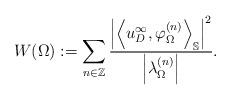
LaTeX: \begin{align*}W(\Omega) := \sum_{n \in \mathbb{Z}} \frac{\left|\left\langle u_D^{\infty}, \varphi^{(n)}_{\Omega}\right\rangle_{\mathbb{S}}\right|^{2}}{\left|\lambda^{(n)}_{\Omega}\right|}.\end{align*}